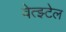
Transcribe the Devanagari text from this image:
वेत्झ्टेल